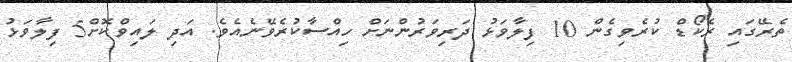
ތެރޭގައި ރެކޯޑް ކުރެވިގެން 10 ފިލާވަޅު ދަރިވަރުންނަށް ހިއްސާކުރެވޭނެއެވެ. އަދި ލައިވްކޮށް5 ފިލާވަޅު